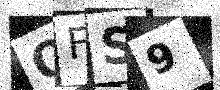
Text: OFS9